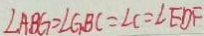
\angle A B G = \angle G B C = \angle C = \angle E D F